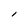
Character: I